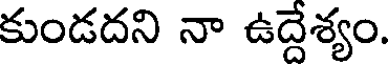
కుండదని నా ఉద్దేశ్యం.